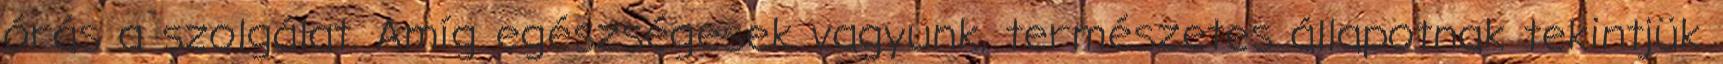
órás a szolgálat. Amíg egészségesek vagyunk, természetes állapotnak tekintjük